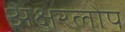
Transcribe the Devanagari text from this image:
अक्षरलोप